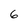
Character: 6